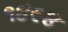
૧૪૯૪